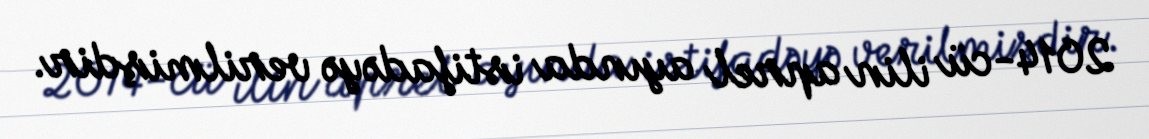
2014-cü ilin aprel ayında istifadəyə verilmişdir.